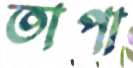
তাপা